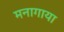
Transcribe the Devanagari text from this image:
मनागाया